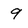
Character: 9